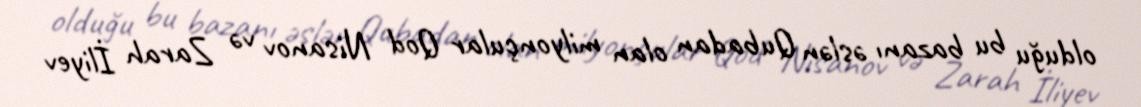
olduğu bu bazanı əslən Qubadan olan milyonçular Qod Nisanov və Zarah İliyev